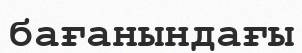
бағанындағы